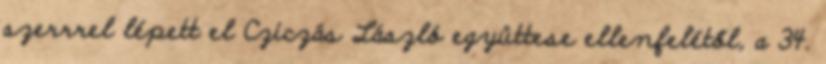
szerrrel lépett el Cziczás László együttese ellenfelétől, a 34.